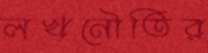
লখনৌতির